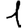
Digit: 1